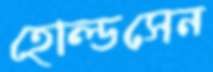
হোল্ডসেন